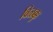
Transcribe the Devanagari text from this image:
विळक्कु